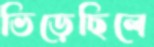
ভিড়েছিলে